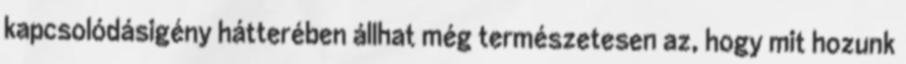
kapcsolódásigény hátterében állhat még természetesen az, hogy mit hozunk